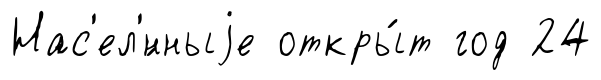
Нас'ел'́нныjе откры́т год 24